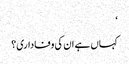
‘
کہاں ہے ان کی وفاداری؟